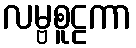
လမ္ဗစူဠကာ